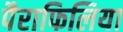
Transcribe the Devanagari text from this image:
पैराफिलिया